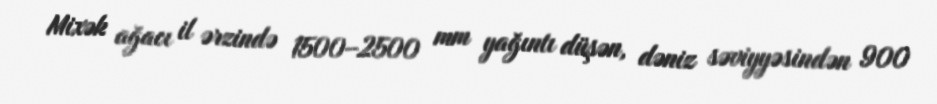
Mixək ağacı il ərzində 1500–2500 mm yağıntı düşən, dəniz səviyyəsindən 900